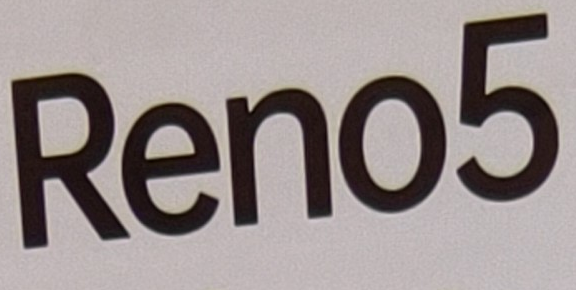
Reno5